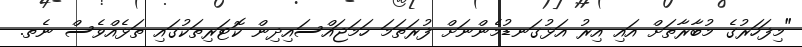
"މިފަހަރުގެ މުބާރާތަށް އައި އިރު އަޅުގަނޑުމެންނަށް ފުރަތަމަ ހަމަޖައްސައިދިން ކޮޓަރިތަކުގައި ތަޅެއްވެސް ނެތ.